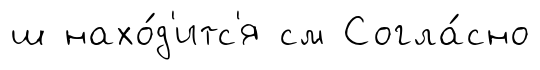
ш нахо́д'итс'я см Согла́сно